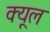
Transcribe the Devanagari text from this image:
क्यूल